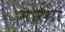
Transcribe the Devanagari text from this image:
मोरेगा